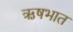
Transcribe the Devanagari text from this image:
ऋषभात